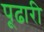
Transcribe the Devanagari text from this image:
पूढारी